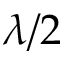
\lambda / 2